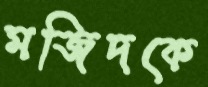
মজিদকে